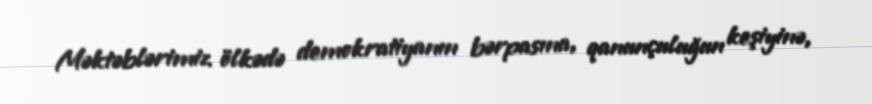
Məktəblərimiz ölkədə demokratiyanın bərpasına, qanunçuluğun keşiyinə,